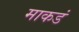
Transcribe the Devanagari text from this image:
माकडं